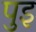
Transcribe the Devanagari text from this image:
पुइ